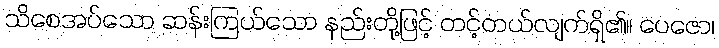
သိစေအပ်သော ဆန်းကြယ်သော နည်းတို့ဖြင့် တင့်တယ်လျက်ရှိ၏။ ပေဇော၊